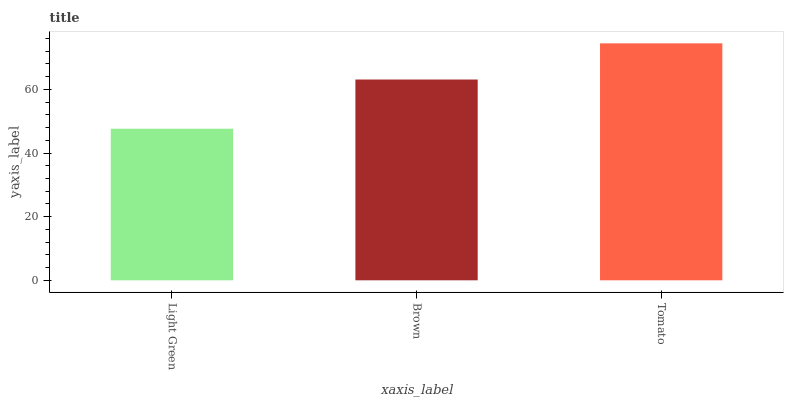
| xaxis_label | bars |
 | --- | --- |
 | Light Green | 47.7 |
 | Brown | 63.1 |
 | Tomato | 74.5 |